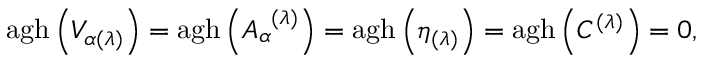
\mathrm { a g h } \left( V _ { \alpha ( \lambda ) } \right) = \mathrm { a g h } \left( A _ { \alpha } ^ { \; \; ( \lambda ) } \right) = \mathrm { a g h } \left( \eta _ { ( \lambda ) } \right) = \mathrm { a g h } \left( C ^ { ( \lambda ) } \right) = 0 ,